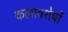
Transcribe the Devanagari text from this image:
कलावशेषों